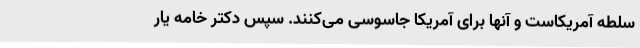
سلطه آمریکاست و آنها برای آمریکا جاسوسی می‌کنند. سپس دکتر خامه یار